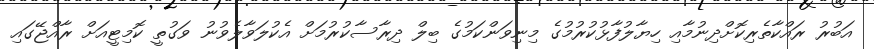
އަބުރު ރައްކާތެރިކޮށްދިނުމާއި ހިޔާލުފާޅުކުރުމުގެ މިނިވަންކަމުގެ ބިލް ދިރާސާކުރުމަށް އެކުލަވާލެވުނު ވަގުތީ ކޮމިޓީއަށް ރާއްޖޭގައި